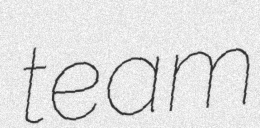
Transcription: team